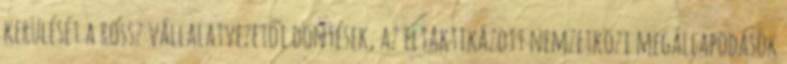
kerülését a rossz vállalatvezetői döntések, az eltaktikázott nemzetközi megállapodások